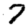
Digit: 7